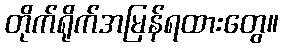
တိုက်ရိုက်အမြန်ရထားတွေ။